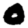
Digit: 0